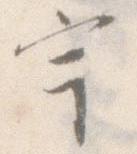
宇